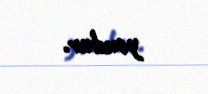
yoxdur.